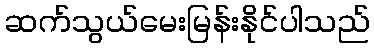
ဆက်သွယ်မေးမြန်းနိုင်ပါသည်